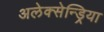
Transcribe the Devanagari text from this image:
अलेक्सेन्ड्रिया